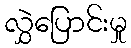
လွှဲပြောင်းမှု